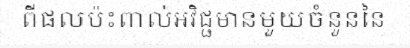
ពីផលប៉ះពាល់អវិជ្ជមានមួយចំនួននៃ